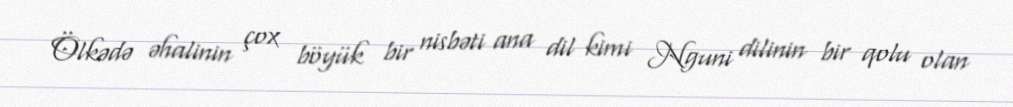
Ölkədə əhalinin çox böyük bir nisbəti ana dil kimi Nguni dilinin bir qolu olan